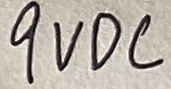
Text: 9VDC